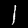
Digit: 1